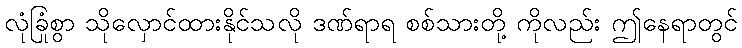
လုံခြုံစွာ သိုလှောင်ထားနိုင်သလို ဒဏ်ရာရ စစ်သားတို့ ကိုလည်း ဤနေရာတွင်